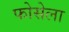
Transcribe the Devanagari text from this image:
फोसेला